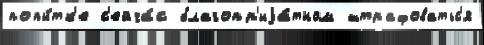
попы́тк'е с'ейча́с благопр'иjа́тном штрафоватьс'я